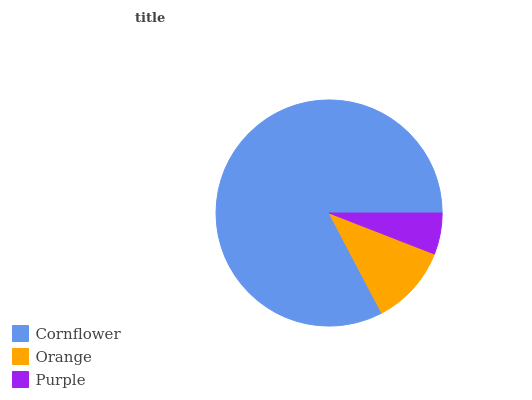
| Cornflower | Orange | Purple |
 | --- | --- | --- |
 | 82.7% | 11.4% | 5.9% |